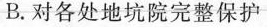
B.对各处地坑院完整保护